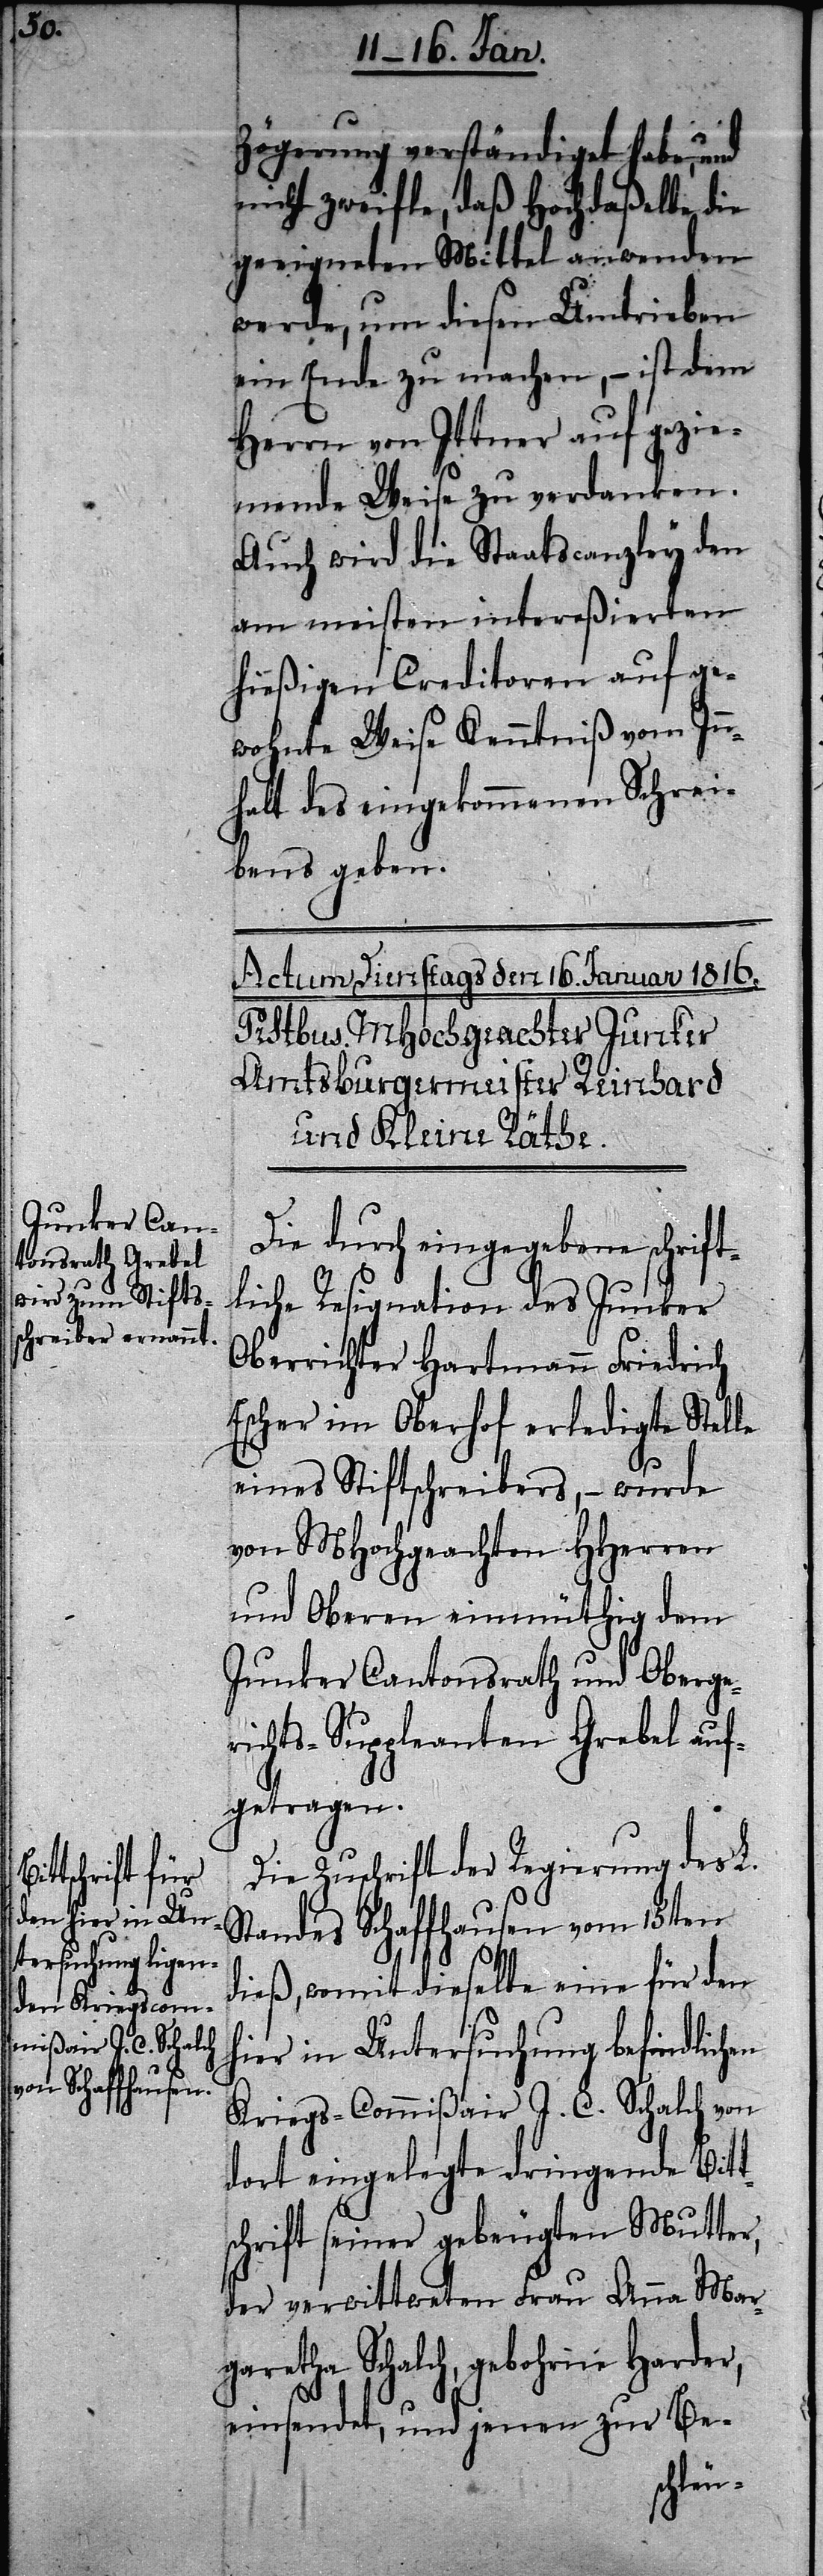
Zögerung verständiget habe, und
nicht zweifle, daß Hochdaßelbe die
geeigneten Mittel anwenden
werde, um diesen Umtrieben
ein Ende zu machen, – ist dem
Herrn von Ittner auf gezie¬
mende Weise zu verdanken.
Auch wird die Staatscanzley den
am meisten intereßierten
hießigen Creditoren auf ge¬
wohnte Weise Kenntniß vom Inn¬
halt des eingekommenen Schrei¬
bens geben.
Die durch eingegebene schrift¬
liche Resignation des Junker
Oberrichter Hartmann Friedrich
Escher im Oberhof erledigte Stelle
eines Stiftschreibers, – wurde
von MHochgeachten HHerren
und Oberen einmüthig dem
Junker Cantonsrath und Oberge¬
richts-Suppleanten Grebel auf¬
getragen.
Die Zuschrift der Regierung des L.
Standes Schaffhausen vom 15ten
dieß, womit dieselbe eine für den
hier in Untersuchung befindlichen
Kriegs-Commißair J. C. Schalch von
dort eingelegte dringende Bitt¬
schrift seiner gebeugten Mutter,
der verwittweten Frau Anna Mar¬
garetha Schalch, gebohrne Harder,
einsendet, und jenen zur Be-